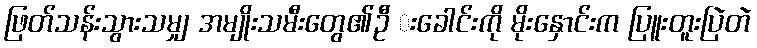
ဖြတ်သန်းသွားသမျှ အမျိုးသမီးတွေ၏ဦ းခေါင်းကို မိုးနှောင်းက ပြူးတူးပြဲတဲ